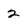
Character: 2